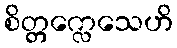
စိတ္တက္လေသေဟိ